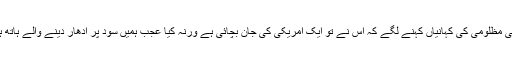
صحافی اس کی مظلومی کی کہانیاں کہنے لگے کہ اس نے تو ایک امریکی کی جان بچائی ہے ورنہ کیا عجب ہمیں سود پر ادھار دینے والے ہاتھ ہی کھنچ لیتے۔